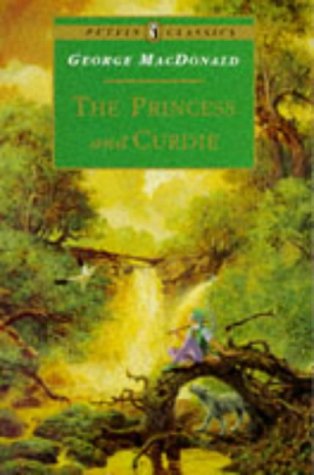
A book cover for The Princess and Curdie (Puffin Classics); George MacDonald; Science Fiction & Fantasy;